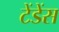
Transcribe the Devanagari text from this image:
टेंडेंस